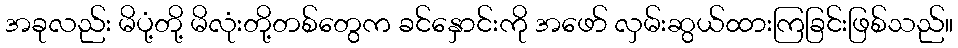
အခုလည်း မိပုံ့တို့ မိလုံးတို့တစ်တွေက ခင်နှောင်းကို အဖော် လှမ်းဆွယ်ထားကြခြင်းဖြစ်သည်။